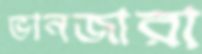
ভানজারা